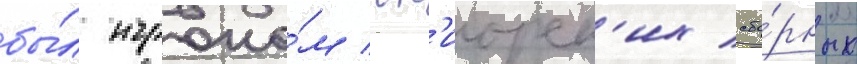
бы́л игроко́м юн'иорск'их сбо́рных